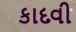
કાદવી